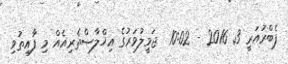
ފެބްރުއަރީ 3